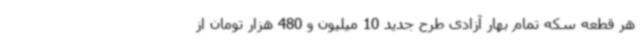
هر قطعه سکه تمام بهار آزادی طرح جدید 10 میلیون و 480 هزار تومان از